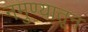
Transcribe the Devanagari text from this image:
नमुण्यातून